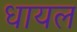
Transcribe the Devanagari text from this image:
धायल